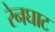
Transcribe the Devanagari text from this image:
रेनघाट